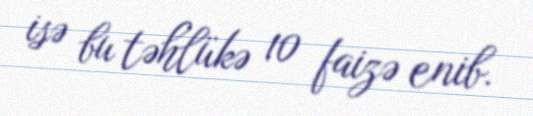
isə bu təhlükə 10 faizə enib.